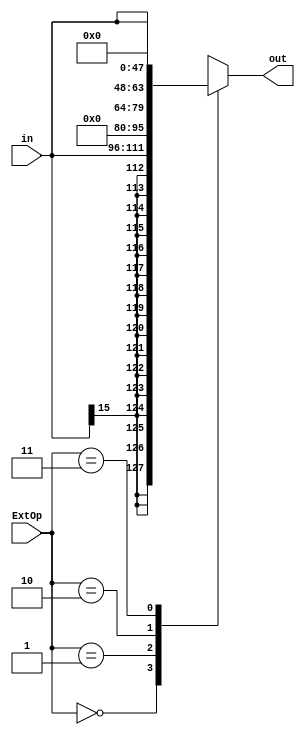
`timescale 1ns / 1ps
//////////////////////////////////////////////////////////////////////////////////
// Company: 
// Engineer: 
// 
// Design Name: 
// Module Name:    ext 
// Project Name: 
// Target Devices: 
// Tool versions: 
// Description: 
//
// Dependencies: 
//
// Revision: 
// Revision 0.01 - File Created
// Additional Comments: 
//
//////////////////////////////////////////////////////////////////////////////////
module ext(
    input [15:0] in,
	 input [1:0] ExtOp,
    output reg [31:0] out
    );

	always@(*) begin
		case(ExtOp) 
			2'b00: out <= {{16{in[15]}},in};
			2'b01: out <= {{16{1'b0}},in};
			2'b10: out <= {in,{16{1'b0}}};
			2'b11: out <= 0; 
		endcase
	end
	
endmodule